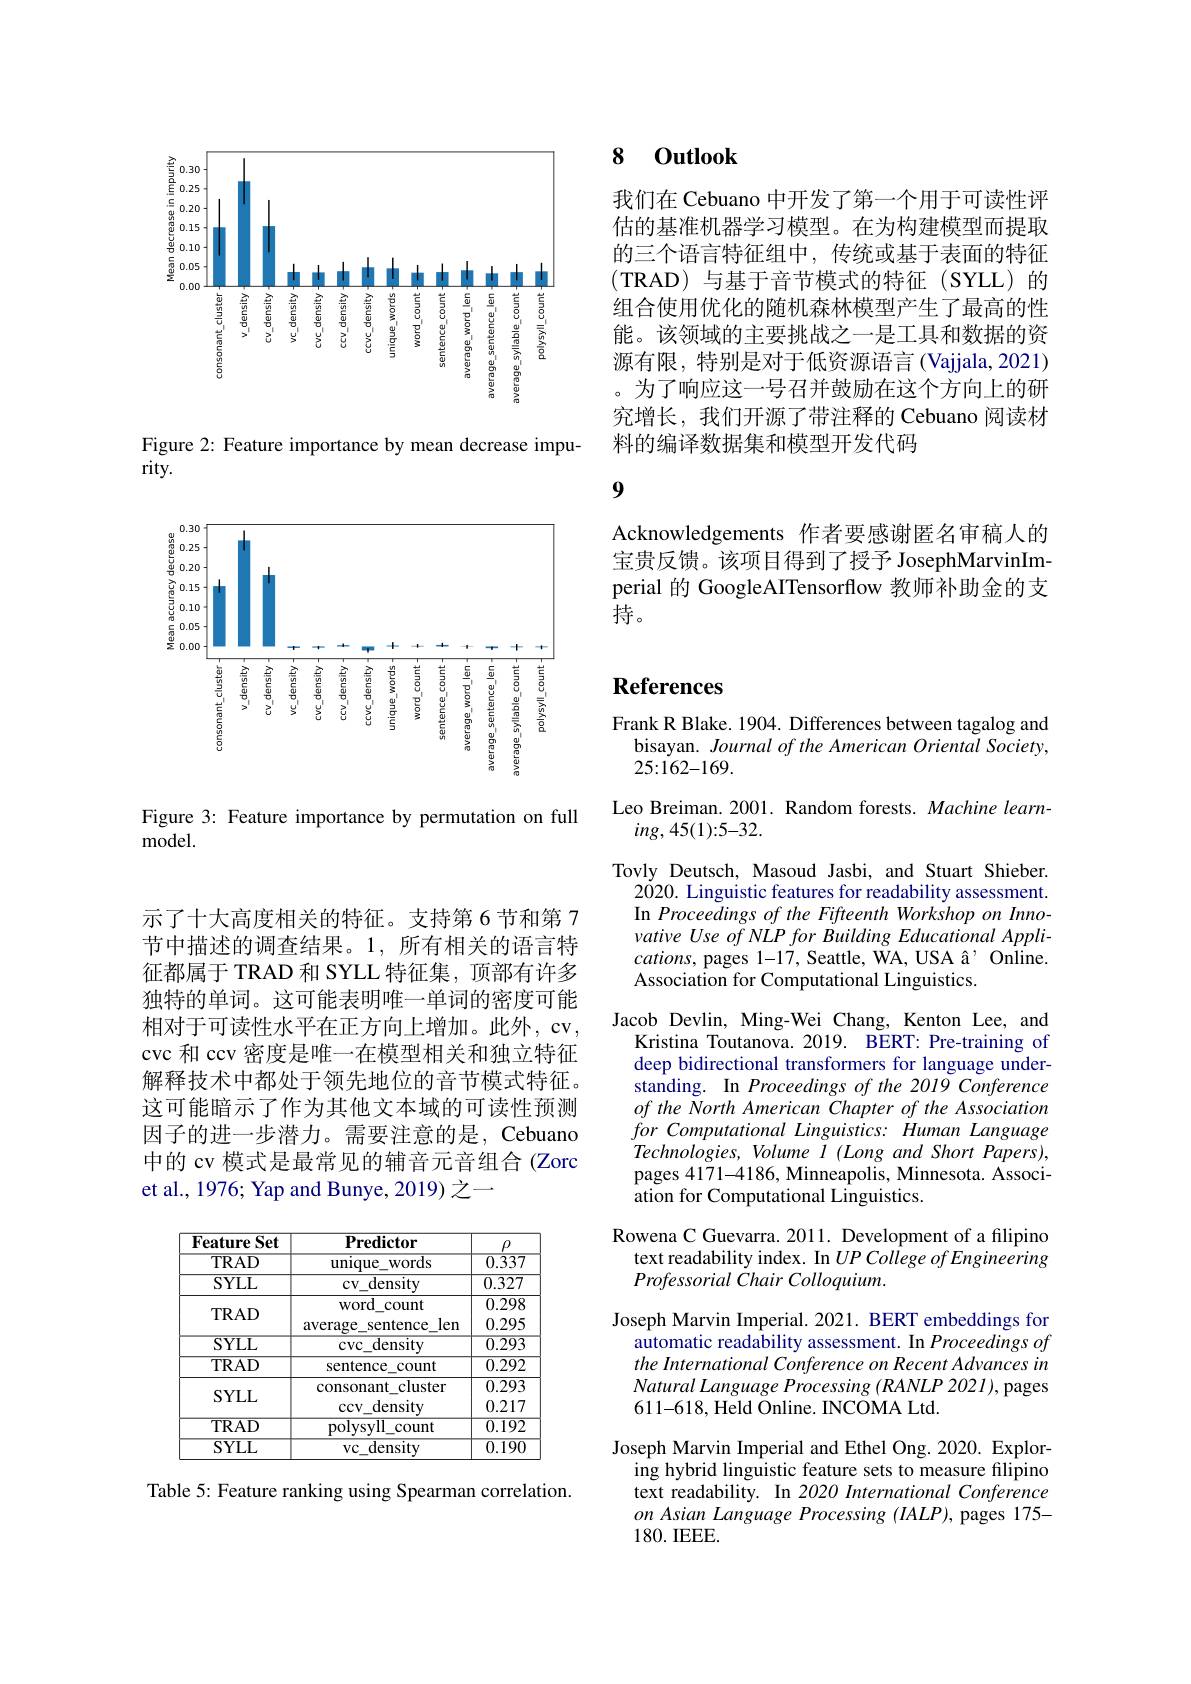
<FigureHere>

Figure 2: Feature importance by mean decrease impu-
$rity.$

<FigureHere>

Figure 3: Feature importance by permutation on full
model.

## 8 $0utlook$

我们在 Cebuano 中开发了第一个用于可读性评估的基准机器学习模型。在为构建模型而提取的三个语言特征组中，传统或基于表面的特征(TRAD)与基于音节模式的特征(SYLL)的组合使用优化的随机森林模型产生了最高的性能。该领域的主要挑战之一是工具和数据的资源有限，特别是对于低资源语言(Vajjala,2021) 。为了响应这一号召并鼓励在这个方向上的研究增长，我们开源了带注释的 Cebuano 阅读材料的编译数据集和模型开发代码

9

Acknowledgements 作者要感谢匿名审稿人的宝贵反馈。该项目得到了授予 JosephMarvinImperial 的 GoogleAITensorflow 教师补助金的支持。

示了十大高度相关的特征。支持第 6 节和第 7节中描述的调查结果。1,所有相关的语言特征都属于 TRAD 和 SYLL 特征集，顶部有许多独特的单词。这可能表明唯一单词的密度可能相对于可读性水平在正方向上增加。此外，cv, cvc 和 ccv 密度是唯一在模型相关和独立特征解释技术中都处于领先地位的音节模式特征。这可能暗示了作为其他文本域的可读性预测因子的进一步潜力。需要注意的是，Cebuano 中的 cv 模式是最常见的辅音元音组合 (Zorc et al., 1976; Yap and Bunye, 2019) 之一

<table>
	<tbody>
		<tr>
			<th>Set Feature</th>
			<th>$\mathbf{Predictor}$</th>
			<th>$\rho$</th>
		</tr>
		<tr>
			<td>TRAD</td>
			<td>unique ${\mathrm{e}}$words</td>
			<td>$\overline{0.337}$</td>
		</tr>
		<tr>
			<td>$SYLL$</td>
			<td>$CV1$ density</td>
			<td>0.327</td>
		</tr>
		<tr>
			<td>TRAD</td>
			<td>word$\_$count</td>
			<td>0.298</td>
		</tr>
		<tr>
			<td>IML</td>
			<td>average_sentence_len</td>
			<td>0.295</td>
		</tr>
		<tr>
			<td>$\overline{SYLL}$</td>
			<td>density cvC 1</td>
			<td>$\overline{0.293}$</td>
		</tr>
		<tr>
			<td>TRAD</td>
			<td>sentence_count</td>
			<td>$\overline{0.292}$</td>
		</tr>
		<tr>
			<td>$SYLL$</td>
			<td>consonant cluster density ccv</td>
			<td>0.293 0.217</td>
		</tr>
		<tr>
			<td>TRAD</td>
			<td>polysyll count</td>
			<td>$\overline{0.192}$</td>
		</tr>
		<tr>
			<td>SYLL</td>
			<td>$VC1$ density</td>
			<td>$\overline{0.19C}$</td>
		</tr>
	</tbody>
</table>

Table 5: Feature ranking using Spearman correlation.

# References

Frank R Blake. 1904. Differences between tagalog and
bisayan. Journal of the American Oriental Society,
25{:}162{-}169.
Leo Breiman. 2001. Random forests. Machine learn-
$ing,45(1):5-32.$
Tovly Deutsch, Masoud Jasbi, and Stuart Shieber.
2020. Linguistic features for readability assessment. In Proceedings of the Fifteenth Workshop on Innovative Use of NLP for Building Educational Appli- $cations$, pages 1-17, Seattle, WA, USA â' Online. Association for Computational Linguistics.
Jacob Devlin, Ming-Wei Chang, Kenton Lee, and
Kristina Toutanova. 2019. BERT: Pre-training of deep bidirectional transformers for language understanding. In Proceedings of the 2019 Conference of the North American Chapter of the Association for Computational Linguistics: Human Language Technologies, Volume I (Long and Short Papers), pages 4171-4186, Minneapolis, Minnesota. Association for Computational Linguistics.
Rowena C Guevarra. 2011. Development of a filipino text readability index. In $UP\textit{College of Engineering}$ Professorial Chair Colloquium.
Joseph Marvin Imperial. 2021. BERT embeddings for
$\hat{\text{automatic readability assessment. In Proceedings of}}$ the International Conference on Recent Advances in Natural Language Processing $(RANLP$ 2021), pages 611-618,Held Online. INCOMA Ltd.
Joseph Marvin Imperial and Ethel Ong. 2020. Explor-
ing hybrid linguistic feature sets to measure filipino text readability. In 2020 International Conference on Asian Language Processing (IALP), pages 175- 180. IEEE.